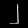
Digit: ၂